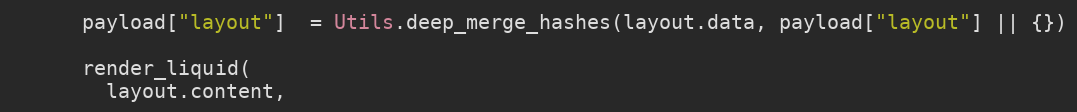
Language: Ruby
      payload["layout"]  = Utils.deep_merge_hashes(layout.data, payload["layout"] || {})

      render_liquid(
        layout.content,